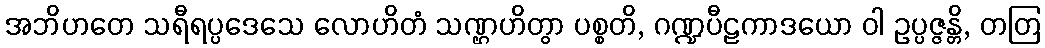
အဘိဟတေ သရီရပ္ပဒေသေ လောဟိတံ သဏ္ဌဟိတွာ ပစ္စတိ, ဂဏ္ဍပီဠကာဒယော ဝါ ဥပ္ပဇ္ဇန္တိ, တတြ